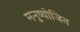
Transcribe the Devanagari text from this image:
मनुष्योजित